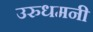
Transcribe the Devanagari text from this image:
उरुधमनी